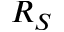
R _ { S }